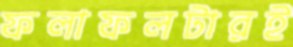
ফলাফলটারই